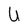
Character: U